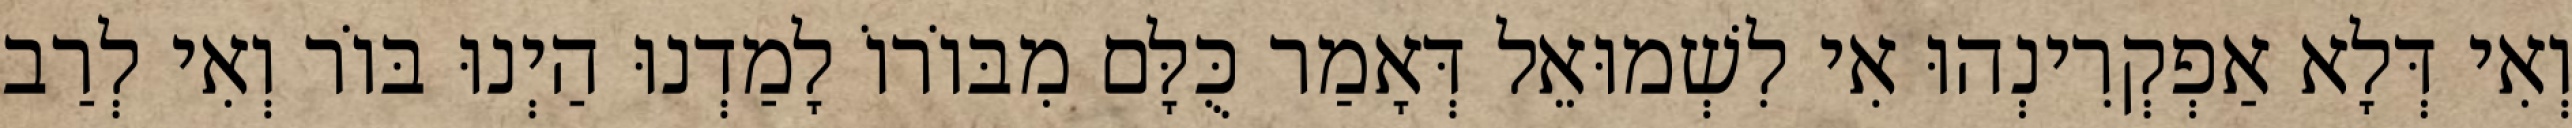
וְאִי דְּלָא אַפְקְרִינְהוּ אִי לִשְׁמוּאֵל דְּאָמַר כֻּלָּם מִבּוֹרוֹ לָמַדְנוּ הַיְנוּ בּוֹר וְאִי לְרַב